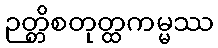
ဉတ္တိစတုတ္ထကမ္မဿ